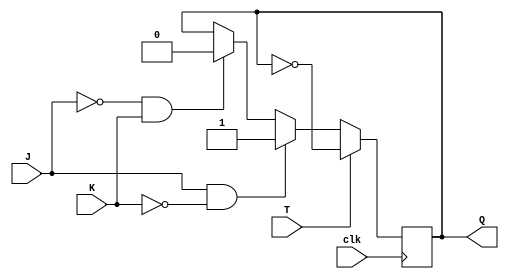
module T_FF_JK(input T, J, K, clk, output reg Q);

  always @(posedge clk) begin
    if (T) begin
      Q <= ~Q;
    end else begin
      if (J & ~K) begin
        Q <= 1'b1;
      end else if (~J & K) begin
        Q <= 1'b0;
      end
    end
  end

endmodule